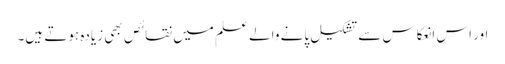
اور اس انعکاس سے تشکیل پانے والے علم میں نقائص بھی زیادہ ہوتے ہیں۔